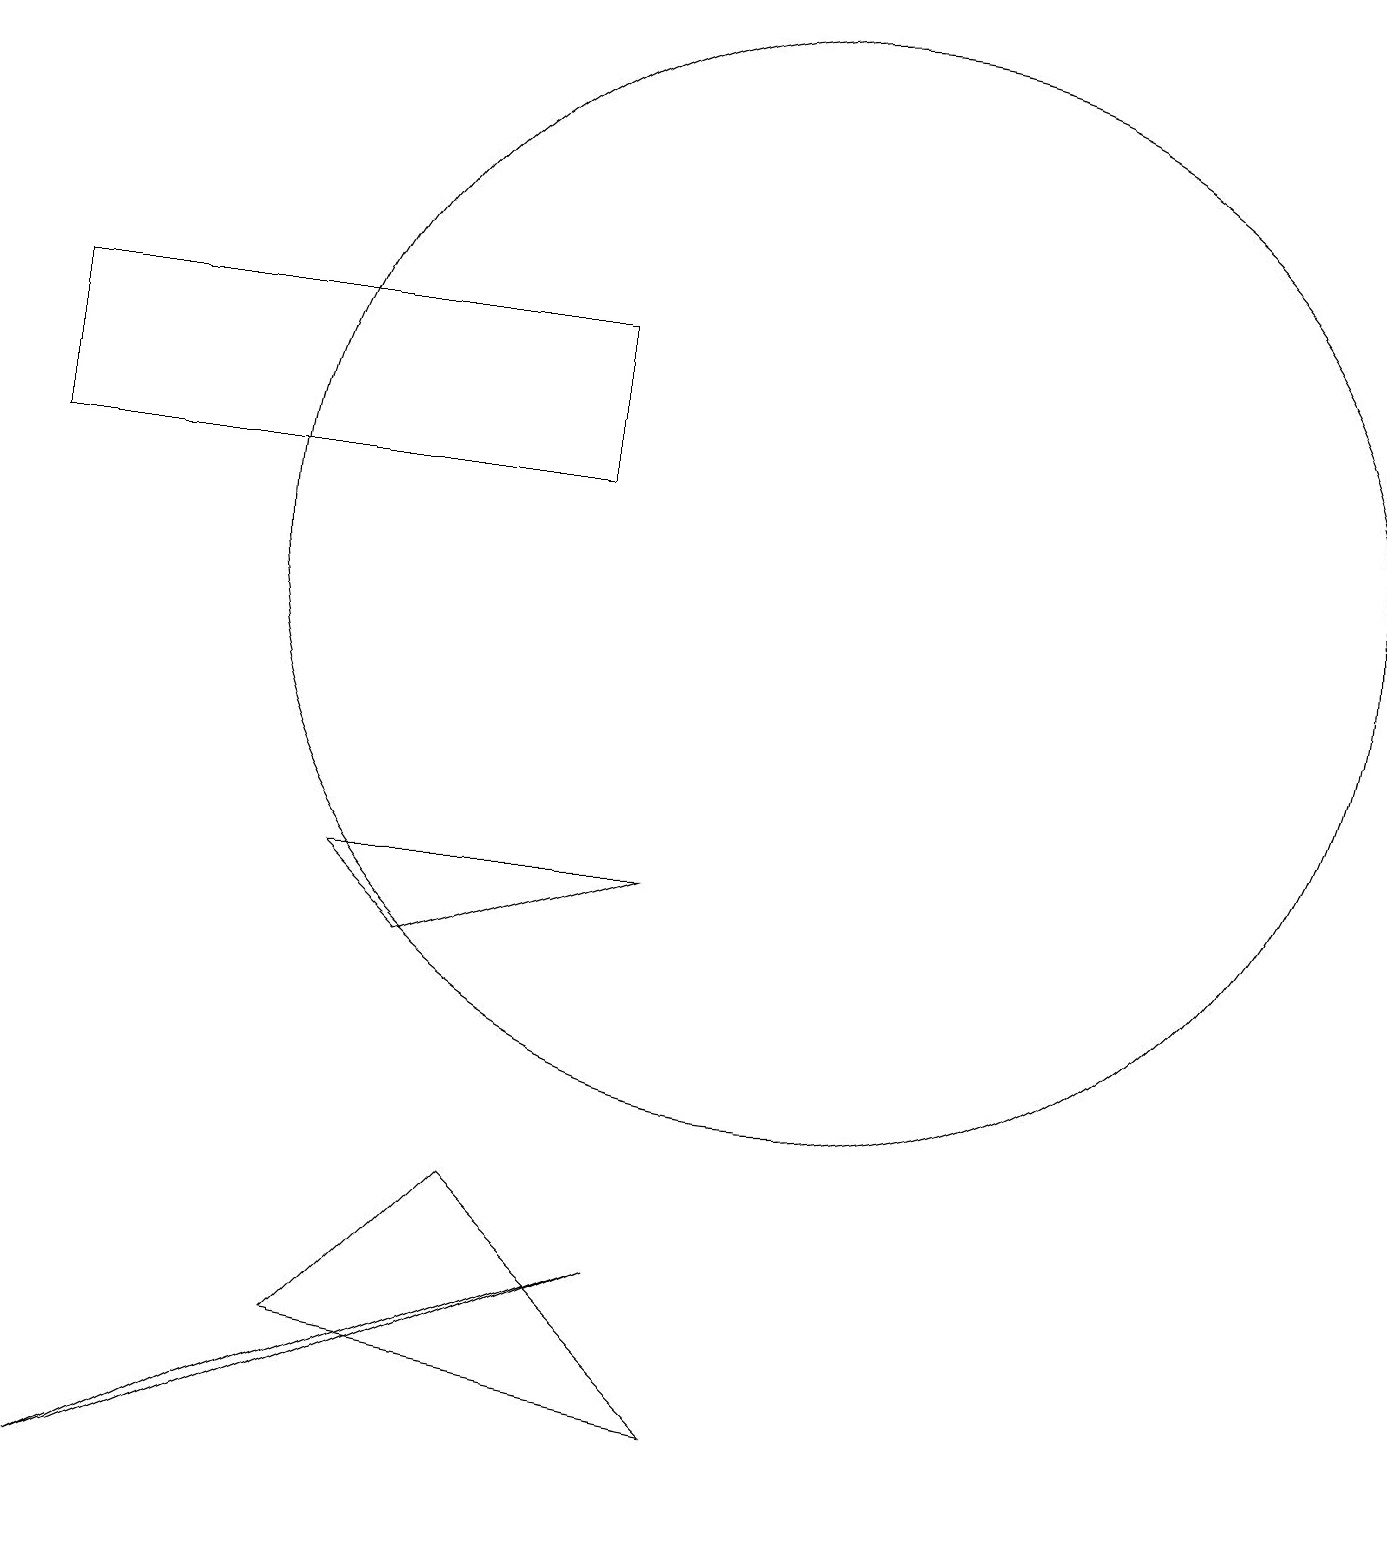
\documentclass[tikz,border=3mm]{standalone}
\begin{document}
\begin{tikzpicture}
\draw (10,10) circle (0);
\draw (1,0) -- (3,1) -- (8,3) -- cycle;
\draw (4,2) -- (6,4) -- (9,1) -- cycle;
\draw (0,13) rectangle (7,15);
\draw (5,7) -- (8,8) -- (4,8) -- cycle;
\draw (10,12) circle (7);
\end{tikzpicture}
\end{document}